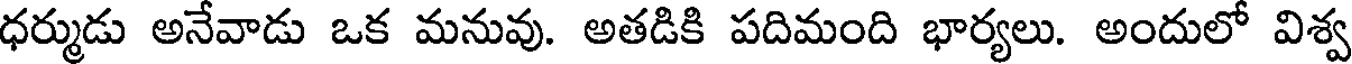
ధర్ముడు అనేవాడు ఒక మనువు. అతడికి పదిమంది భార్యలు. అందులో విశ్వ